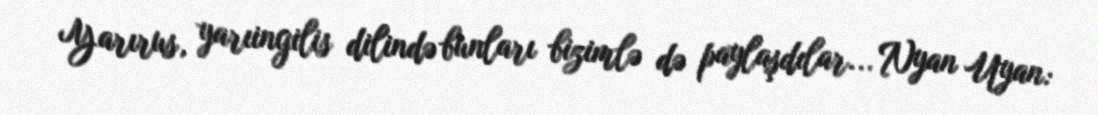
Yarırus, yarıingilis dilində bunları bizimlə də paylaşdılar... Nyan Uyan: